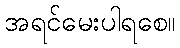
အရင်မေးပါရစေ။